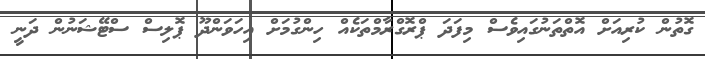
ގޮތުން ކުރިއަށް އޮތްތަނުގައިވެސް މިފަދަ ޕްރޮގްރާމްތަކެއް ހިންގުމަށް އިހަވަންދޫ ޕޮލިސް ސްޓޭޝަނުން ދަނީ